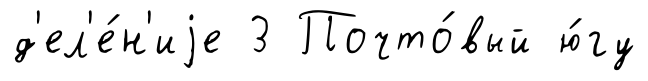
д'ел'е́н'иjе 3 Почто́вый ю́гу